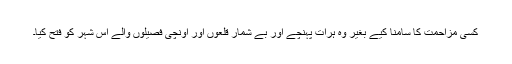
کسی مزاحمت کا سامنا کیے بغیر وہ ہرات پہنچے اور بے شمار قلعوں اور اونچی فصیلوں والے اس شہر کو فتح کیا۔